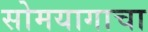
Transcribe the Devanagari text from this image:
सोमयागाचा